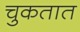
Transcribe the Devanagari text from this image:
चुकतात